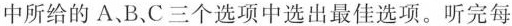
中所给的 A、B.C三个选项中选出最佳选项.听完每